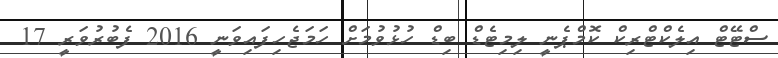
ސްޓޭޓް އިލެކްޓްރިކް ކޮމްޕެނީ ލިމިޓެޑް ބިޑް ހުޅުވުމަށް ހަމަޖެހިފައިވަނީ 2016 ފެބުރުވަރީ 17